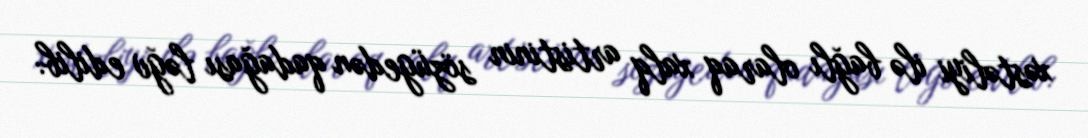
xəstəliyi ilə bağlı olaraq xalq artistinin sözügedən qadağası ləğv edilib: